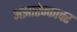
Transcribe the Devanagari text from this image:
अझारेन्कावर